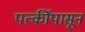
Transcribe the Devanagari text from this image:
पत्कींपासून